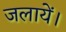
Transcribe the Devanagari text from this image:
जलायें।